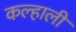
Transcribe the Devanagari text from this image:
कल्हाली